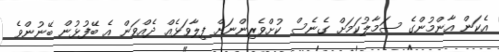
އެކަން އާންމުންގެ ސަމާލުކަމަށް ގެނެސް ކުށްވެރިންނަށް ފިލާވަޅެއް ދެއްވަން އެ ބޭފުޅުން ބޭނުންވެ